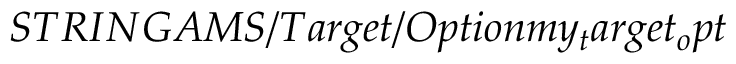
S T R I N G A M S / T a r g e t / O p t i o n m y _ { t } a r g e t _ { o } p t